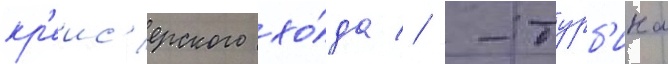
кр'еис'ерского хо́да // -турб'ина